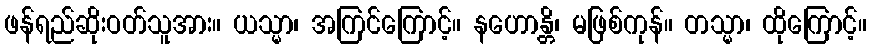
ဖန်ရည်ဆိုးဝတ်သူအား။ ယသ္မာ၊ အကြင်ကြောင့်။ နဟောန္တိ၊ မဖြစ်ကုန်။ တသ္မာ၊ ထိုကြောင့်။